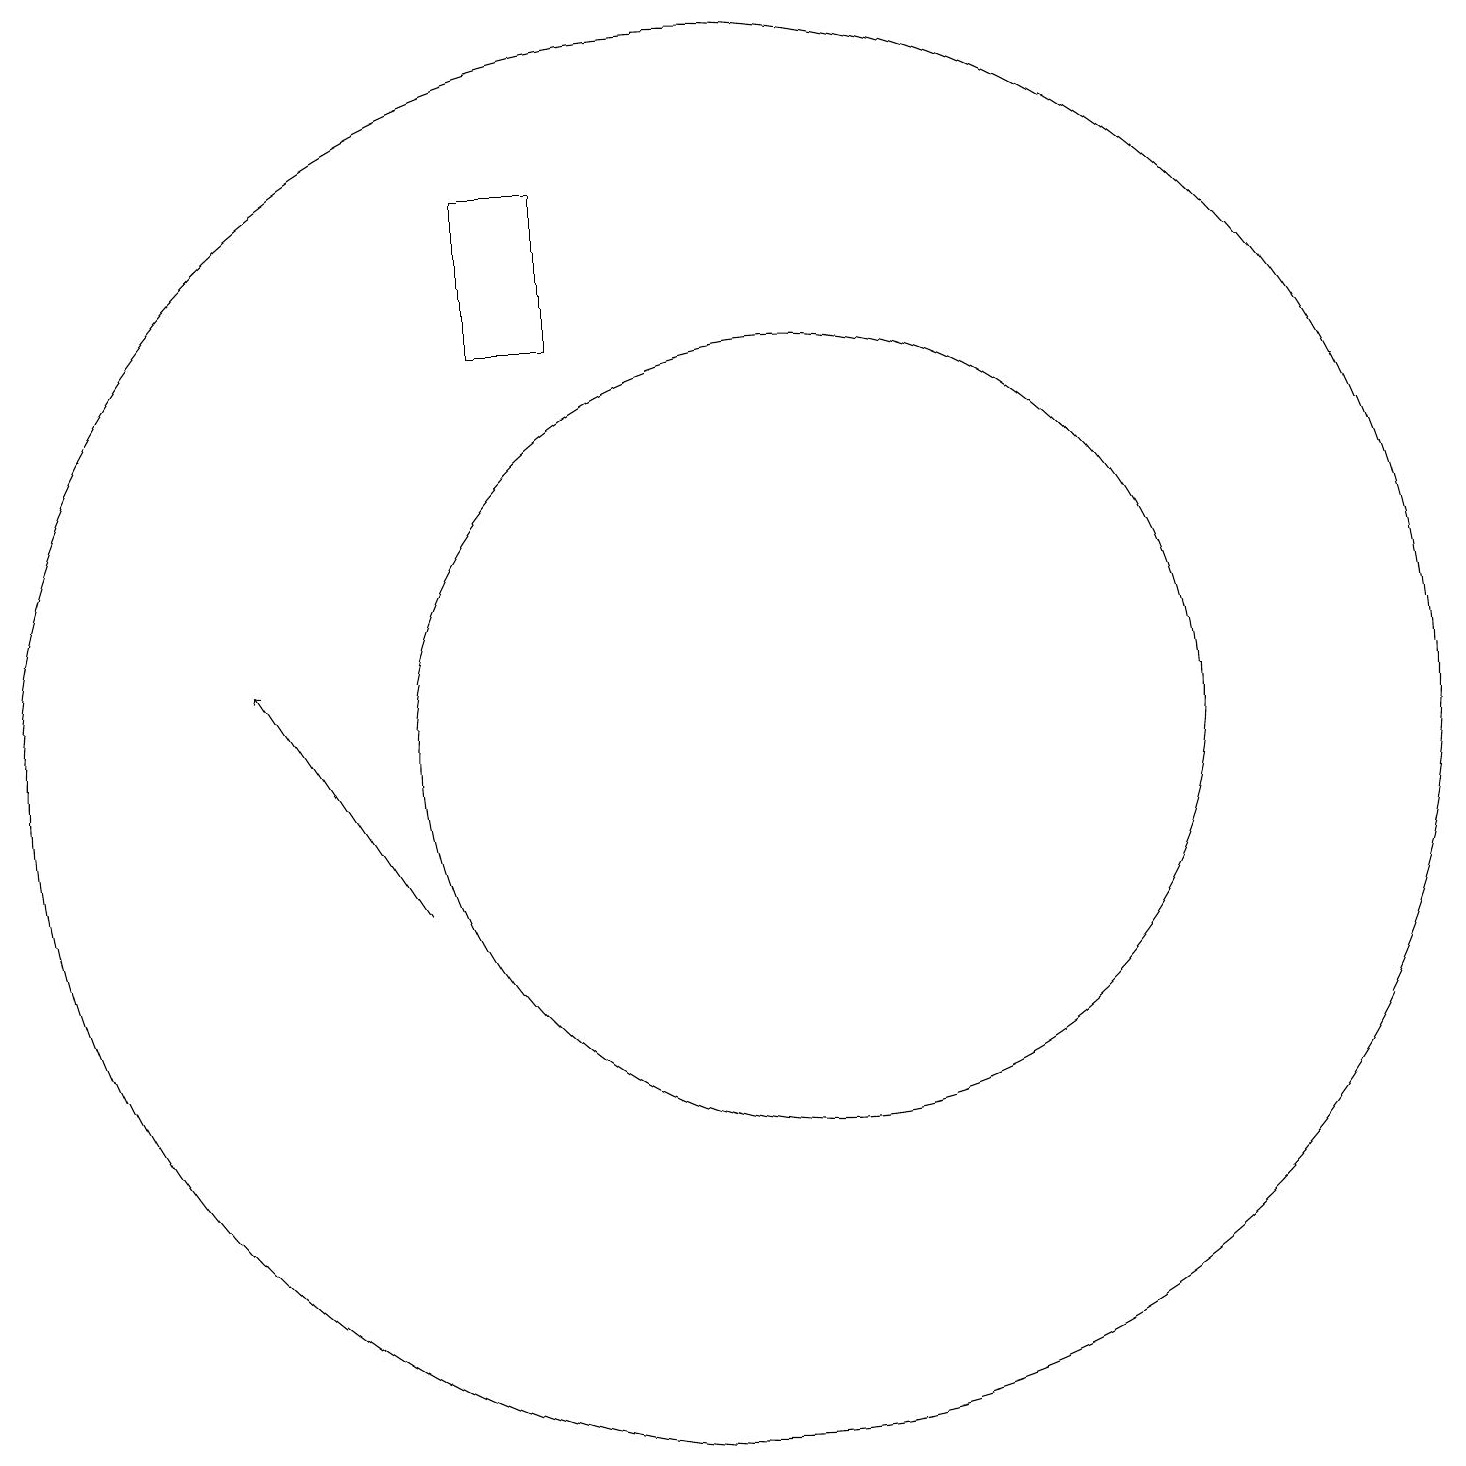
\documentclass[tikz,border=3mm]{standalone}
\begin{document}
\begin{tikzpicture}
\draw (11,12) circle (5);
\draw (7,19) rectangle (8,17);
\draw[->] (6,10) -- (4,13);
\draw (10,12) circle (9);
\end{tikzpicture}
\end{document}